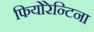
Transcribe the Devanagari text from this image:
फियोरेन्टिना